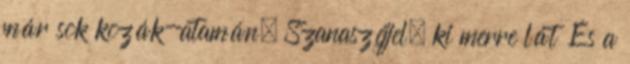
már sok kozák-atamán, Szanaszéjjel, ki merre lát És a